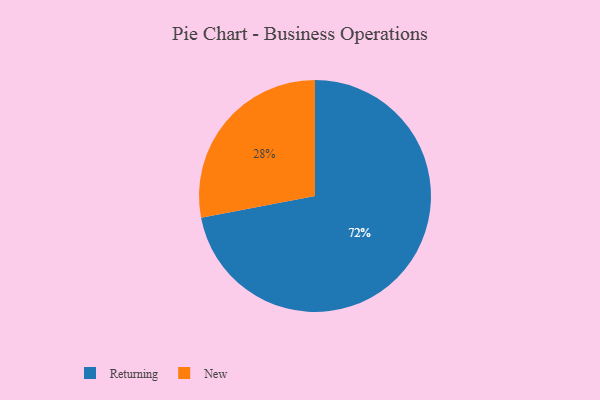
{"axis": {"x": "Category", "y": "Percentage"}, "legend": ["New", "Returning"], "data": [{"x": "New", "y": 28, "type": "New"}, {"x": "Returning", "y": 72, "type": "Returning"}]}